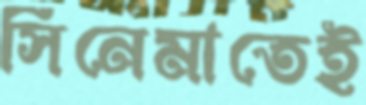
সিনেমাতেই